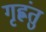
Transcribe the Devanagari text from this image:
गृह्णंतु